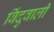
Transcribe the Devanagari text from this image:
बिंदुवाली